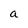
Character: a